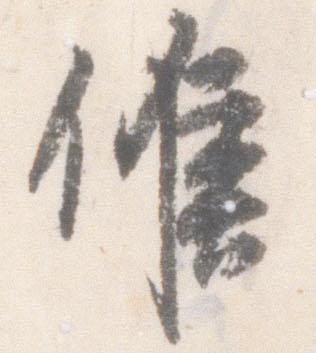
候